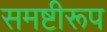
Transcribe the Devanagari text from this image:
समष्टीरूप